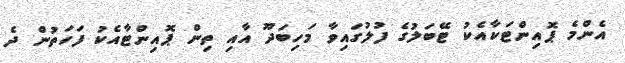
އެންމެ ޕޮއިންޓަކާއެކު ޓޭބަލުގެ ފުލުގައިވާ މަހިބަދޫ އާއި ތިން ޕޮއިންޓާއެކު ފަހަތުން ދެ